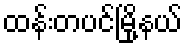
ထန်းတပင်မြို့နယ်